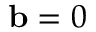
\mathbf { b } = 0